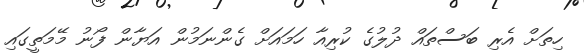
ހިތަށް އެރި ބަސްތައް ދުލުގެ ކުރިއާ ހަމައަށް ގެންނަމުން އަޔާން ފޯނު މޭމަތީގައި